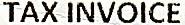
TAX INVOICE